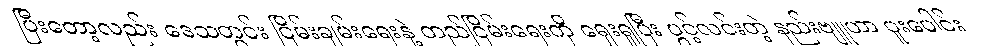
ပြီးတော့လည်း ဒေသတွင်း ငြိမ်းချမ်းရေးနဲ့ တည်ငြိမ်းရေးကို ရှေးရှုပြီး ပွင့်လင်းတဲ့ နည်းဗျူဟာ ပူးပေါင်း